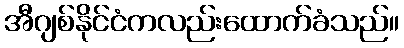
အီဂျစ်နိုင်ငံကလည်းထောက်ခံသည်။